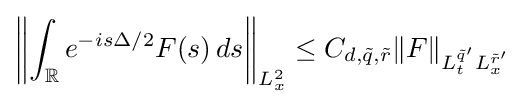
\left\|\int _{\mathbb {R} }e^{-is\Delta /2}F(s)\,ds\right\|_{L_{x}^{2}}\leq C_{d,{\tilde {q}},{\tilde {r}}}\|F\|_{L_{t}^{{\tilde {q}}'}L_{x}^{{\tilde {r}}'}}